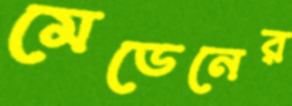
মেডেনের